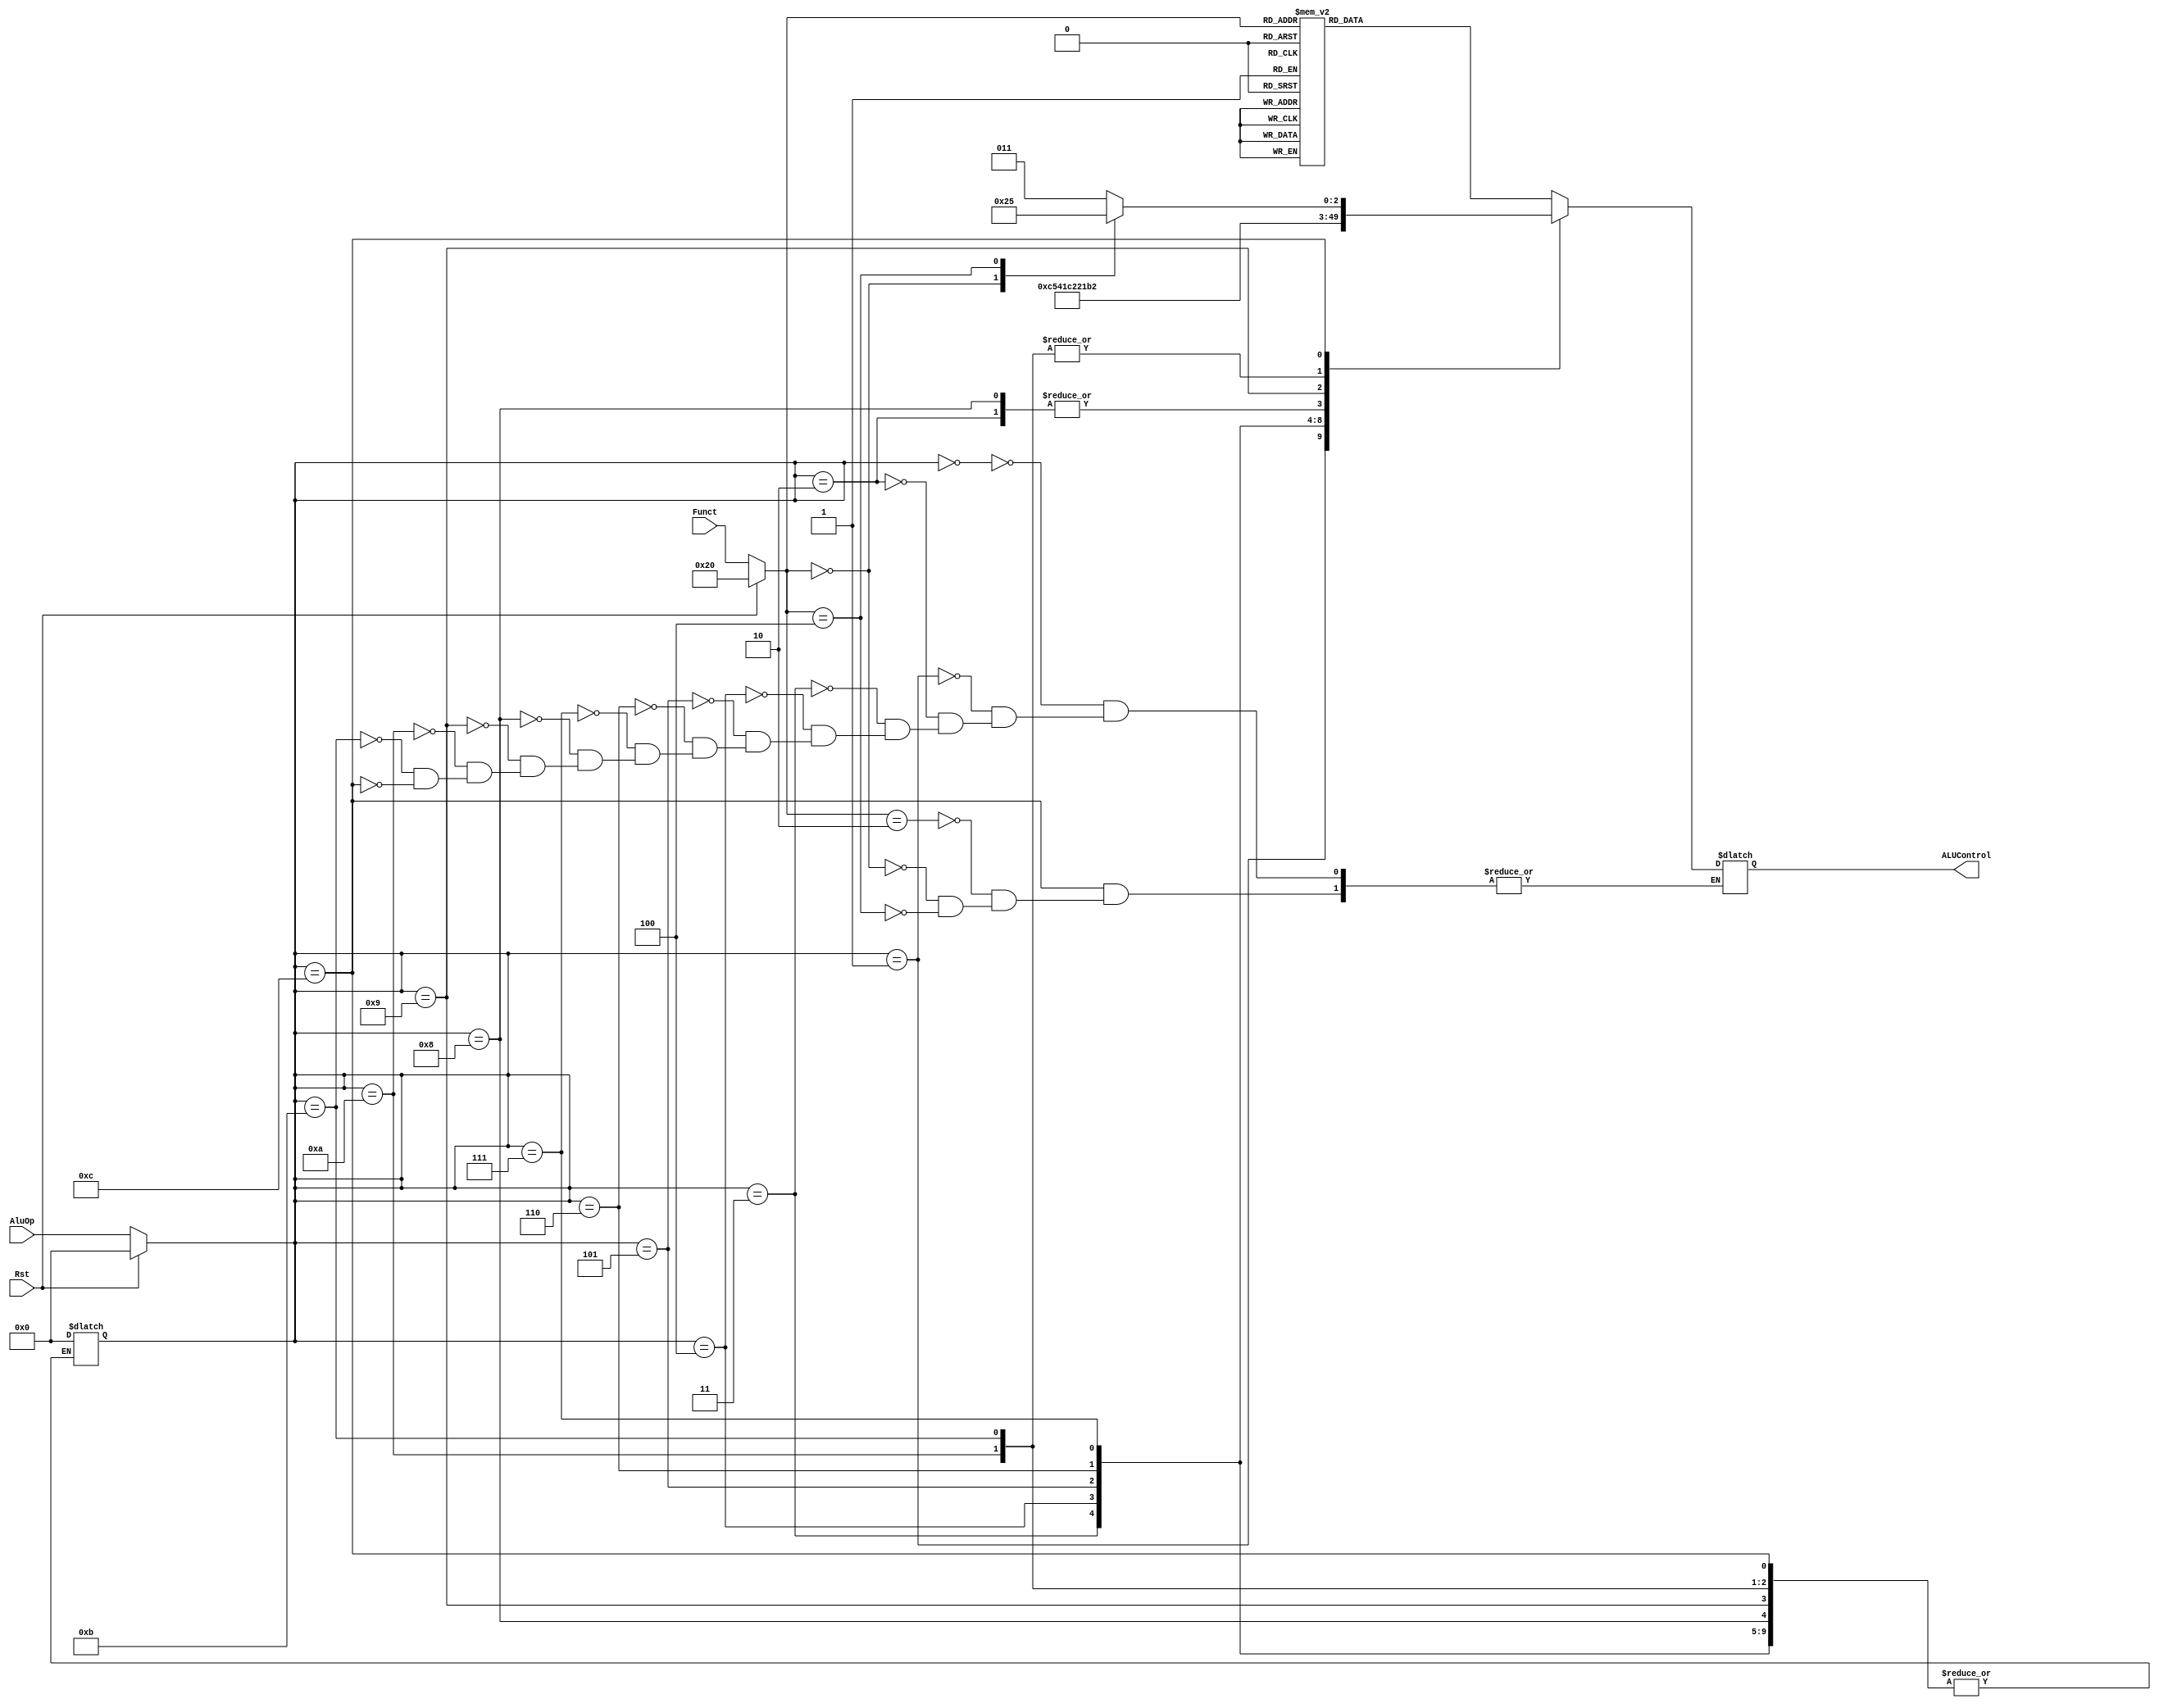
`timescale 1ns / 1ps
//////////////////////////////////////////////////////////////////////////////////
// Company: 
// Engineer: 
// 
// Design Name: 
// Module Name: ALU_Controller
// Project Name: 
// Target Devices: 
// Tool Versions: 
// Description: 
// 
// Dependencies: 
// 
// Revision:
// Revision 0.01 - File Created
// Additional Comments:
// 
//////////////////////////////////////////////////////////////////////////////////
module ALU_Controller(Rst, AluOp, Funct, ALUControl);

    input Rst;
    input [3:0] AluOp;           //4 bit AluOp code sent from controller 
    
    input [5:0] Funct;           //6 bit Instruction function field
    
    output reg [4:0] ALUControl; //5 bit output control signal sent to ALU
    
    //Controller AluOp 4 bit inputs (also are the state encodings)
    localparam [3:0] DC =      'b0000, //DONT CARE
                     ADD_I =   'b0001, //ADD IMMEDIATE
                     SUB_I =   'b0010, //SUB IMMEDIATE
                     OR_I =    'b0011, //OR IMMEDIATE
                     AND_I =   'b0100, //AND IMMEDIATE
                     XOR_I =   'b0101, //XOR IMMEDIATE
                     NOR_I =   'b0110, //NOR IMMDEIATE
                     ADDU_I =  'b0111, //ADDU IMMEDIATE
                     SUBU_I =  'b1000, //SUBU IMMEDIATE
                     MULTU_I = 'b1001, //MULTU IMMDEDIATE
                     SLT_I =   'b1010, //SLT IMMEDIATE
                     SLT_IU =  'b1011, //SLTU IMMEDIATE
                     MUL_OP =  'b1100; //ALL MULTIPLY OPERATIONS
    
    //Instruction Function code 6 bit input definitions
    //---------------Dont Care FUNCTION FIELDS                
    localparam [5:0] FC_add  =  'b100000,  //add
                     FC_addu =  'b100001,  //addu
                     FC_sub  =  'b100010,  //sub
                     FC_mult =  'b011000,  //mult
                     FC_multu=  'b010001,  //multu
                     FC_and  =  'b100100,  //and
                     FC_or   =  'b100101,  //or
                     FC_nor  =  'b100111,  //nor
                     FC_xor  =  'b100110,  //xor
                     FC_sll  =  'b000000,  //sll
                     FC_srl  =  'b000010,  //srl
                     FC_sllv =  'b000100,  //sllv
                     FC_slt  =  'b101010,  //slt
                     FC_movn =  'b001011,  //movn
                     FC_movz =  'b001010,  //movz
                     FC_rotrv=  'b000110,  //rotrv
                     FC_sra  =  'b000011,  //sra
                     FC_srav =  'b000111,  //srav
                     FC_sltu =  'b101011,  //sltu
     //---------------MUL FUNCTION FIELDS
                     FC_mul  =  'b000010,  //mul
                     FC_madd =  'b000000,  //madd
                     FC_msub =  'b000100,  //msub
     //---------------SEH & SEB FUNCTION FIELDS
                     FC_seh_seb  =  'b100000;  //seh
     
     //ALU control 5 bit output definitions                
    localparam [4:0] ADD  = 'b00000, // ADD  	 | 00000
                     ADDU = 'b00001, // ADDU     | 00001
                     SUB  = 'b00010, // SUB      | 00010
                     MULT = 'b00011, // MULT     | 00011
                     MULTU= 'b00100, // MULTU    | 00100
                     AND  = 'b00101, // AND      | 00101
                     OR   = 'b00110, // OR       | 00110
                     NOR  = 'b00111, // NOR      | 00111
                     XOR  = 'b01000, // XOR      | 01000
                     SLL  = 'b01001, // SLL      | 01001
                     SRL  = 'b01010, // SRL      | 01010
                     SLLV = 'b01011, // SLLV     | 01011
                     SLT  = 'b01100, // SLT      | 01100
                     MOVN = 'b01101, // MOVN     | 01101
                     MOVZ = 'b01110, // MOVZ     | 01110
                     ROTRV= 'b01111, // ROTRV    | 01111
                     SRA  = 'b10000, // SRA      | 10000
                     SRAV = 'b10001, // SRAV     | 10001
                     SLTU = 'b10010, // SLTU     | 10010
                     MUL  = 'b10011, // MUL      | 10011
                     MADD = 'b10100, // MADD     | 10100
                     MSUB = 'b10101, // MSUB     | 10101
                     SEH_SEB = 'b10110; // SEH_SEB  | 10110
                                
    reg [3:0] State = DC;        //init dont care
    reg [5:0] Function = FC_add; //init to add
                    
    always @(*) begin
        case(State)   //First checks AluOp Code
            DC: begin //If its a dont care then function code is checked
                case(Function)
                    FC_add: begin  //add
                        ALUControl <= ADD;
                    end
                    FC_addu: begin  //addu
                        ALUControl <= ADDU;
                    end
                    FC_sub: begin  //sub
                        ALUControl <= SUB;
                    end
                    FC_mult: begin  //mult
                        ALUControl <= MULT;
                    end
                    FC_multu: begin  //multu
                        ALUControl <= MULTU;
                    end
                    FC_and: begin  //and
                        ALUControl <= AND;
                    end
                    FC_or: begin  //or
                        ALUControl <= OR;
                    end
                    FC_nor: begin  //nor
                        ALUControl <= NOR;
                    end
                    FC_xor: begin  //xor
                        ALUControl <= XOR;
                    end
                    FC_sll: begin  //sll
                        ALUControl <= SLL;
                    end
                    FC_srl: begin  //srl
                        ALUControl <= SRL;
                    end
                    FC_sllv: begin  //sllv
                        ALUControl <= SLLV;
                    end
                    FC_slt: begin  //slt
                        ALUControl <= SLT;
                    end
                    FC_movn: begin  //movn
                        ALUControl <= MOVN;
                    end
                    FC_movz: begin  //movz
                        ALUControl <= MOVZ;
                    end
                    FC_rotrv: begin  //rotrv
                        ALUControl <= ROTRV;
                    end
                    FC_sra: begin  //sra
                        ALUControl <= SRA;
                    end
                    FC_srav: begin  //srav
                        ALUControl <= SRAV;
                    end
                    FC_sltu: begin  //sltu
                        ALUControl <= SLTU;
                    end
                    FC_seh_seb: begin  //seh
                        ALUControl <= SEH_SEB;
                    end
                    default:
                        ALUControl <= ADD;
                endcase
            end
            //All immediate operations are below
            ADD_I: begin
                ALUControl <= ADD;
            end
            SUB_I: begin
                ALUControl <= SUB;
            end
            OR_I: begin
                ALUControl <= OR;
            end
            AND_I: begin
                ALUControl <= AND;
            end
            XOR_I: begin
                ALUControl <= XOR;
            end
            NOR_I: begin
                ALUControl <= NOR;
            end
            ADDU_I: begin
                ALUControl <= ADDU;
            end
            SUBU_I: begin
                ALUControl <= SUB;
            end
            MULTU_I: begin
                ALUControl <= MULT;
            end
            SLT_I: begin
                ALUControl <= SLT;
            end
            SLT_IU: begin
                ALUControl <= SLT;
            end
            MUL_OP: begin
                case(Function)
                    FC_mul: begin  //mul
                        ALUControl <= MUL;
                    end
                    FC_madd: begin  //madd
                        ALUControl <= MADD;
                    end
                    FC_msub: begin   //msub
                        ALUControl <= MSUB;
                    end
                endcase
            end
            default:
                State <= DC;
        endcase
    end
    
    //State Register
    always @(Rst, AluOp, Funct) begin
        if (Rst == 1) begin
            State <= DC;         //reset as Dont care
            Function <= FC_add;  //reset w/add as function code
        end    
        else begin
            State <= AluOp;     //update AluOp code 
            Function <= Funct;  //update Function code
        end
    end    
    
endmodule